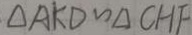
\Delta A K D \sim \Delta C H F